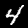
Label: 4